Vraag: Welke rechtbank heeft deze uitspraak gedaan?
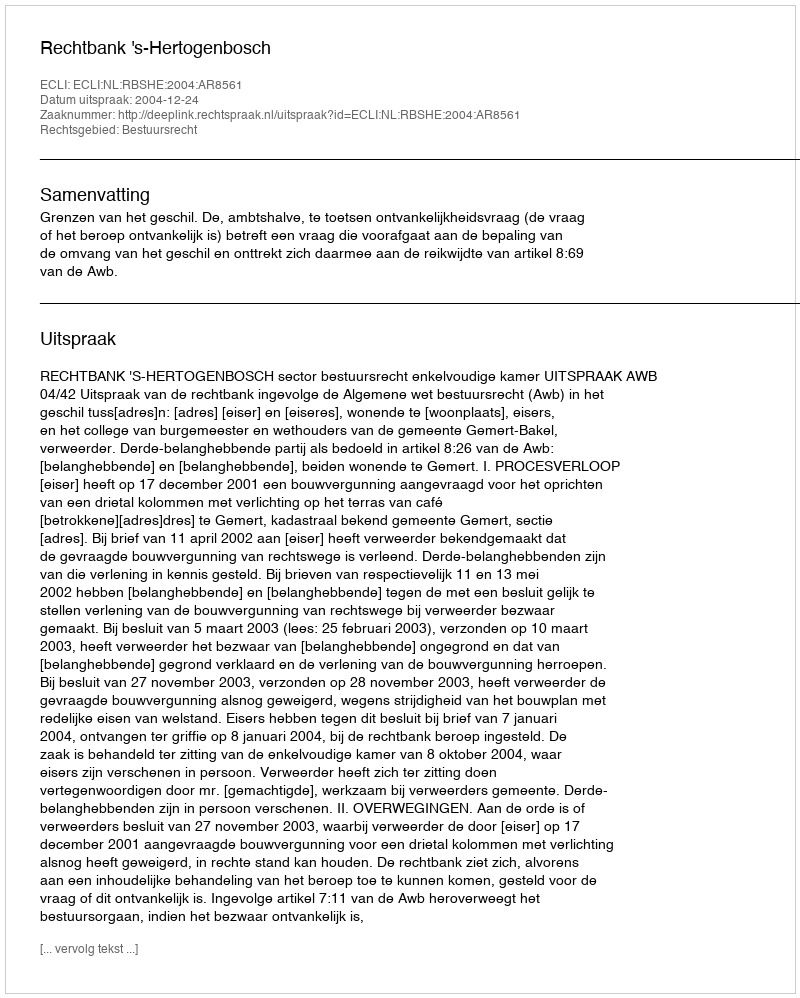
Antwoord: Rechtbank 's-Hertogenbosch